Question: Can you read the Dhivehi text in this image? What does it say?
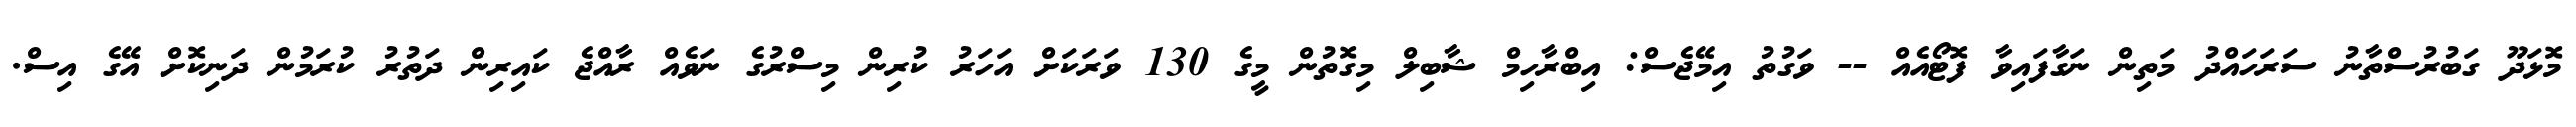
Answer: މޮޅަދޫ ގަބުރުސްތާނު ސަރަހައްދު މަތިން ނަގާފައިވާ ފޮޓޯއެއް -- ވަގުތު އިމޭޖެސް: އިބްރާހިމް ޝާބިލް މިގޮތުން މީގެ 130 ވަރަކަށް އަހަރު ކުރިން މިސްރުގެ ނަވެއް ރާއްޖެ ކައިރިން ދަތުރު ކުރަމުން ދަނިކޮށް އޭގެ އިސް.